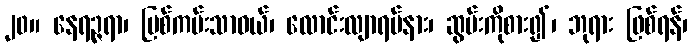
၂၀။ နေရဉ္ဇရာ၊ မြစ်ကမ်းသာဝယ်၊ လောင်းလျာရပ်နား၊ ဆွမ်းကိုစား၍၊ ဘုရား ဖြစ်ရန်၊